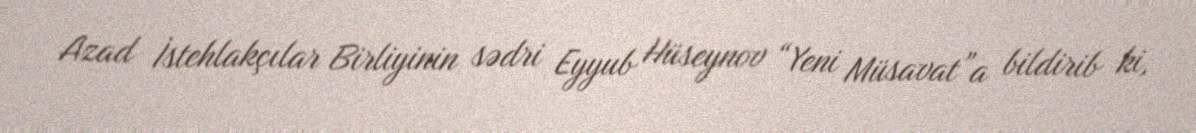
Azad İstehlakçılar Birliyinin sədri Eyyub Hüseynov “Yeni Müsavat”a bildirib ki,